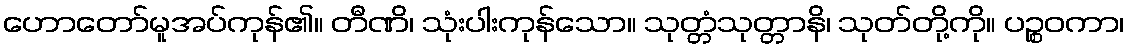
ဟောတော်မူအပ်ကုန်၏။ တီဏိ၊ သုံးပါးကုန်သော။ သုတ္တံသုတ္တာနိ၊ သုတ်တို့ကို။ ပဉ္စဝကာ၊